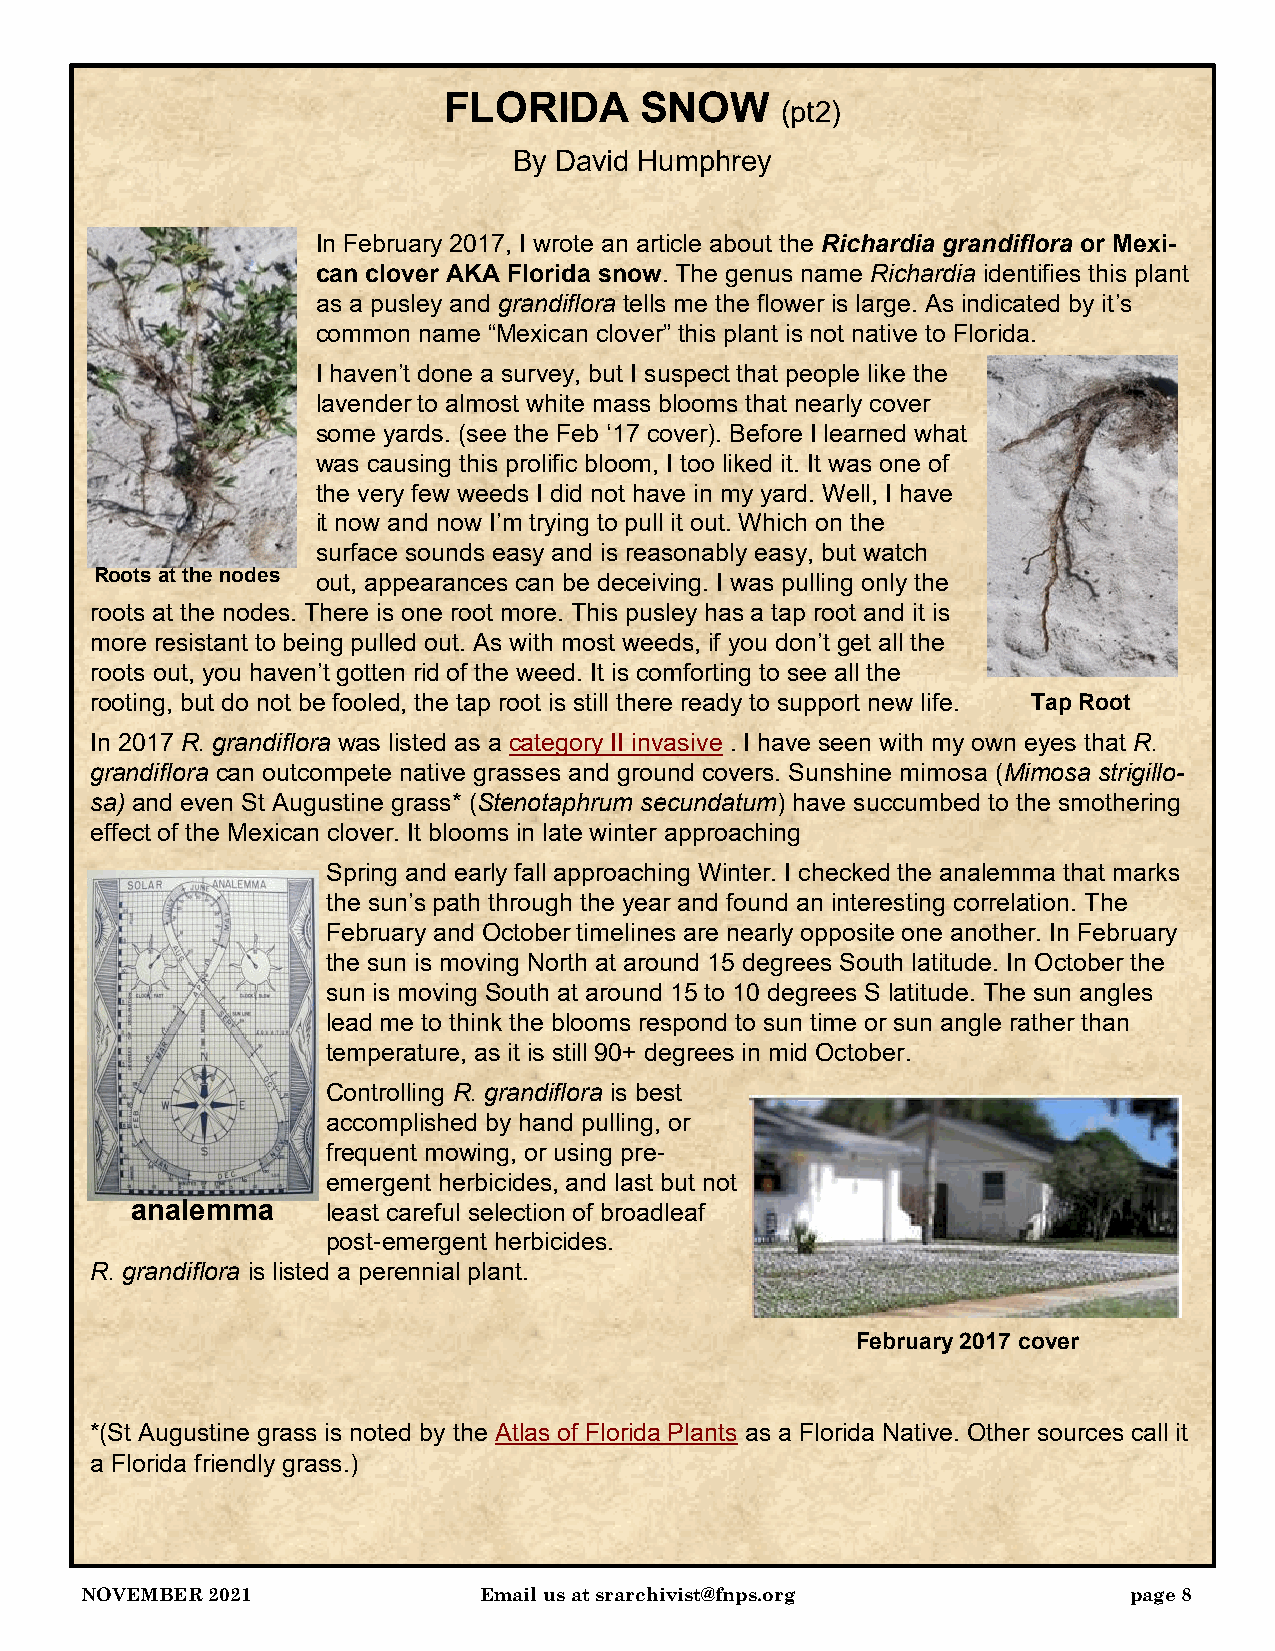
FLORIDA      SNOW
 (pt2)
 By David Humphrey
 In February 2017, I wrote an article about the Richardia grandiflora or Mexi-
 can clover AKA Florida snow. The genus name Richardia identifies this plant
 as a pusley and grandiflora tells me the flower is large. As indicated by it’s
 common name “Mexican clover” this plant is not native to Florida.
 I haven’t done a survey, but I suspect that people like the
 lavender to almost white mass blooms that nearly cover
 some yards. (see the Feb ‘17 cover). Before I learned what
 was causing this prolific bloom, I too liked it. It was one of
 the very few weeds I did not have in my yard. Well, I have
 it now and now I’m trying to pull it out. Which on the
 surface sounds easy and is reasonably easy, but watch
 Roots at the nodes out, appearances can be deceiving. I was pulling only the
 roots at the nodes. There is one root more. This pusley has a tap root and it is
 more resistant to being pulled out. As with most weeds, if you don’t get all the
 roots out, you haven’t gotten rid of the weed. It is comforting to see all the
 rooting, but do not be fooled, the tap root is still there ready to support new life. Tap Root
 In 2017 R. grandiflora was listed as a category II invasive . I have seen with my own eyes that R.
 grandiflora can outcompete native grasses and ground covers. Sunshine mimosa (Mimosa strigillo-
 sa) and even St Augustine grass* (Stenotaphrum secundatum) have succumbed to the smothering
 effect of the Mexican clover. It blooms in late winter approaching
 Spring and early fall approaching Winter. I checked the analemma that marks
 the sun’s path through the year and found an interesting correlation. The
 February and October timelines are nearly opposite one another. In February
 the sun is moving North at around 15 degrees South latitude. In October the
 sun is moving South at around 15 to 10 degrees S latitude. The sun angles
 lead me to think the blooms respond to sun time or sun angle rather than
 temperature, as it is still 90+ degrees in mid October.
 Controlling R. grandiflora is best
 accomplished by hand pulling, or
 frequent mowing, or using pre-
 emergent herbicides, and last but not
 analemma     least careful selection of broadleaf
 post-emergent herbicides.
 R. grandiflora is listed a perennial plant.
 February 2017 cover
 *(St Augustine grass is noted by the Atlas of Florida Plants as a Florida Native. Other sources call it
 a Florida friendly grass.)
 NOVEMBER 2021              Email us at srarchivist@fnps.org           page 8